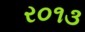
ર૦૧૩